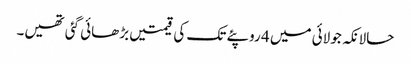
حالانکہ جولائی میں 4 روپئے تک کی قیمتیں بڑھائی گئی تھیں۔